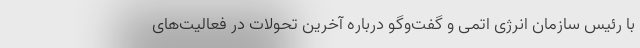
با رئیس سازمان انرژی اتمی و گفت‌وگو درباره آخرین تحولات در فعالیت‌های